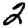
Digit: 2